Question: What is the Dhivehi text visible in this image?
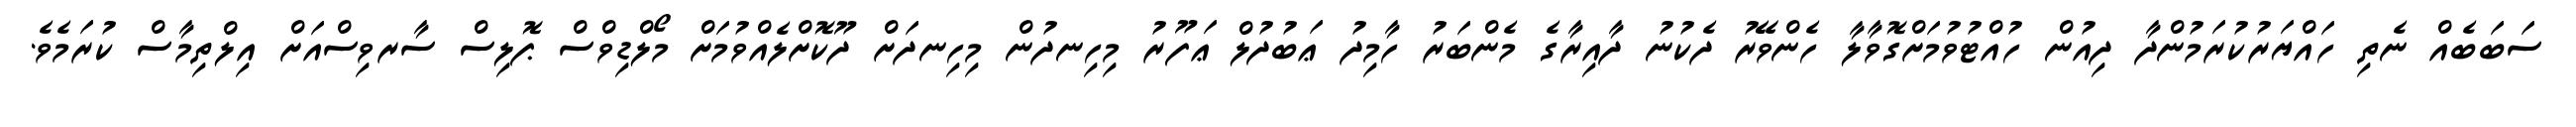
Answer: ސަބަބެއް ނެތި ހައްޔަރުކުރަމުންދާ ދިއުން ހުއްޓުވުމަށްގޮވާލާ ހެންވޭރު ދެކުނު ދާއިރާގެ މެންބަރު ހާމިދު ޢަބުދުލް ޢަފޫރު މިހިނދުން މިހިނދަށް ދޫކޮށްލެއްވުމަށް މޯލްޑިވްސް ޕޮލިސް ސާރވިސްއަށް އިލްތިމާސް ކުރަމެވެ.